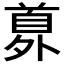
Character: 𩠘